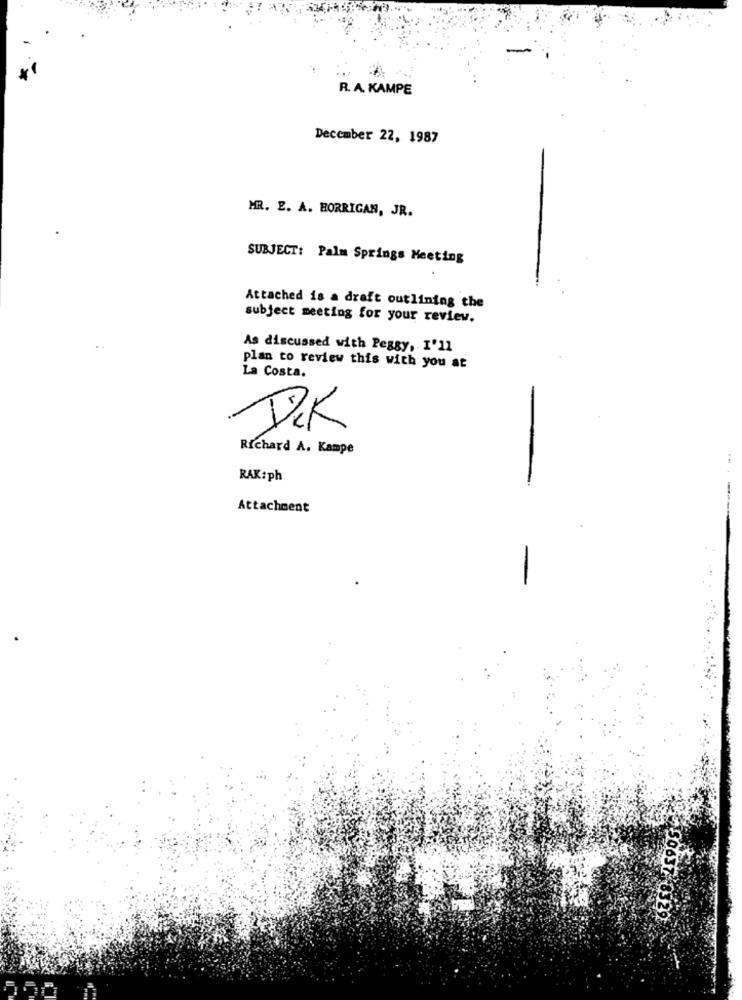
R. A. KAMPE
December 22, 1987
MR. E. A. HORRIGAN, JR.
SUBJECT: Palm Springs Meeting
Attached is a draft outlining the
subject meeting for your review.
As discussed with Peggy, I'll
plan to review this with you at
La Costa.
Richard A. Kampe
RAK:ph
Attachment
-
450637 0329